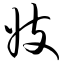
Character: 妓